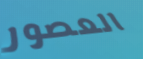
العصور